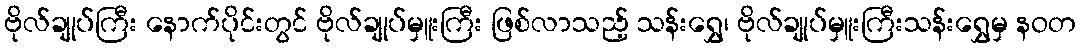
ဗိုလ်ချုပ်ကြီး နောက်ပိုင်းတွင် ဗိုလ်ချုပ်မှူးကြီး ဖြစ်လာသည့် သန်းရွှေ၊ ဗိုလ်ချုပ်မှူးကြီးသန်းရွှေမှ နဝတ